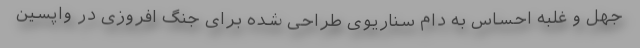
جهل و غلبه احساس به دام سناریوی طراحی شده برای جنگ افروزی در واپسین